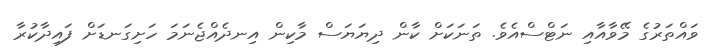
ވައްތަރުގެ މޭވާއާއި ނަޓްސްއެވެ. ތަނަކަށް ކާން ދިޔަޔަސް މާކިން އިނދެއްޖެނަމަ ހަށިގަނޑަށް ފައިދާކުރާ